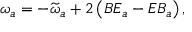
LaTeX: \omega _ { a } = - \widetilde { \omega } _ { a } + 2 \left( B E _ { a } - E B _ { a } \right) ,